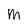
Character: M